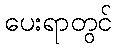
ပေးရာတွင်